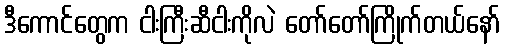
ဒီကောင်တွေက ငါးကြီးဆီငါးကိုလဲ တော်တော်ကြိုက်တယ်နော်